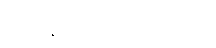
သုတ္တနိပါတပါဠိအဋ္ဌကထာ